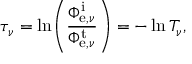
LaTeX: \tau _ { \nu } = \ln \! \left( { \frac { \Phi _ { \mathrm { e } , \nu } ^ { \mathrm { i } } } { \Phi _ { \mathrm { e } , \nu } ^ { \mathrm { t } } } } \right) = - \ln T _ { \nu } ,